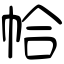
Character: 帢